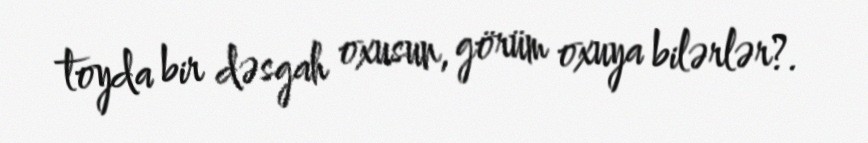
toyda bir dəsgah oxusun, görüm oxuya bilərlər?.